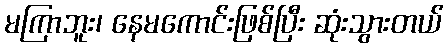
မကြာဘူး၊ နေမကောင်းဖြစ်ပြီး ဆုံးသွားတယ်